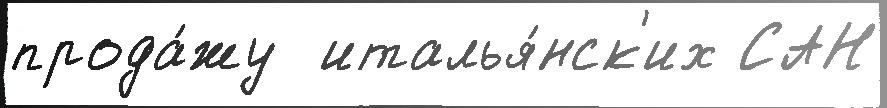
прода́жу  италья́нск'их САН